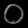
Digit: ၀